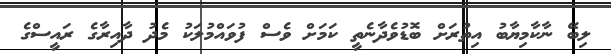
ލިބޭ ނާކާމިޔާބު އިތުރަށް ބޮޑުވެދާނެތީ ކަމަށް ވެސް ފުވައްމުލަކު މެދު ދާއިރާގެ ރައީސްގެ